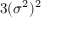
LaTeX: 3 ( \sigma ^ { 2 } ) ^ { 2 }